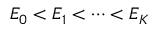
E _ { 0 } < E _ { 1 } < \dots < E _ { K }